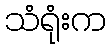
သံရုံးက